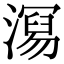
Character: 𭲧